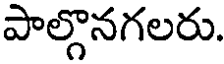
పాల్గొనగలరు.